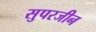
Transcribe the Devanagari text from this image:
सुपरजीन